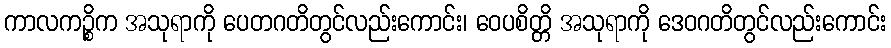
ကာလကဉ္စိက အသုရာကို ပေတဂတိတွင်လည်းကောင်း၊ ဝေပစိတ္တိ အသုရာကို ဒေဝဂတိတွင်လည်းကောင်း